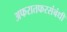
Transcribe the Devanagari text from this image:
अफरातफरसंबंधी